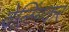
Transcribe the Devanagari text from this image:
वेलिंगकर